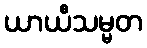
ယာယီသမ္မတ